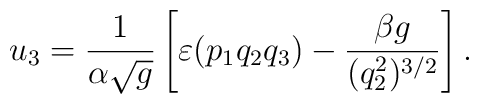
u_3=\frac{1}{\alpha\sqrt{g}}\left[\varepsilon(p_1q_2q_3)-\frac{\beta g}{(q_2^2)^{3/2}}\right].